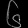
Digit: ၆